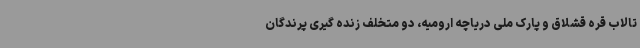
تالاب قره قشلاق و پارک ملی دریاچه ارومیه، دو متخلف زنده گیری پرندگان